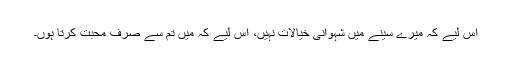
اس لیے کہ میرے سینے میں شہوانی خیالات نہیں، اس لیے کہ میں تم سے صرف محبت کرتا ہُوں۔